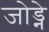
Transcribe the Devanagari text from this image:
जोड्ने